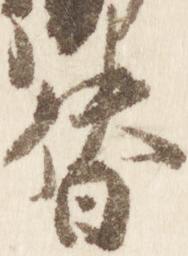
督